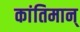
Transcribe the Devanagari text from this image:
कांतिमान्‌